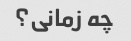
چه زمانی؟